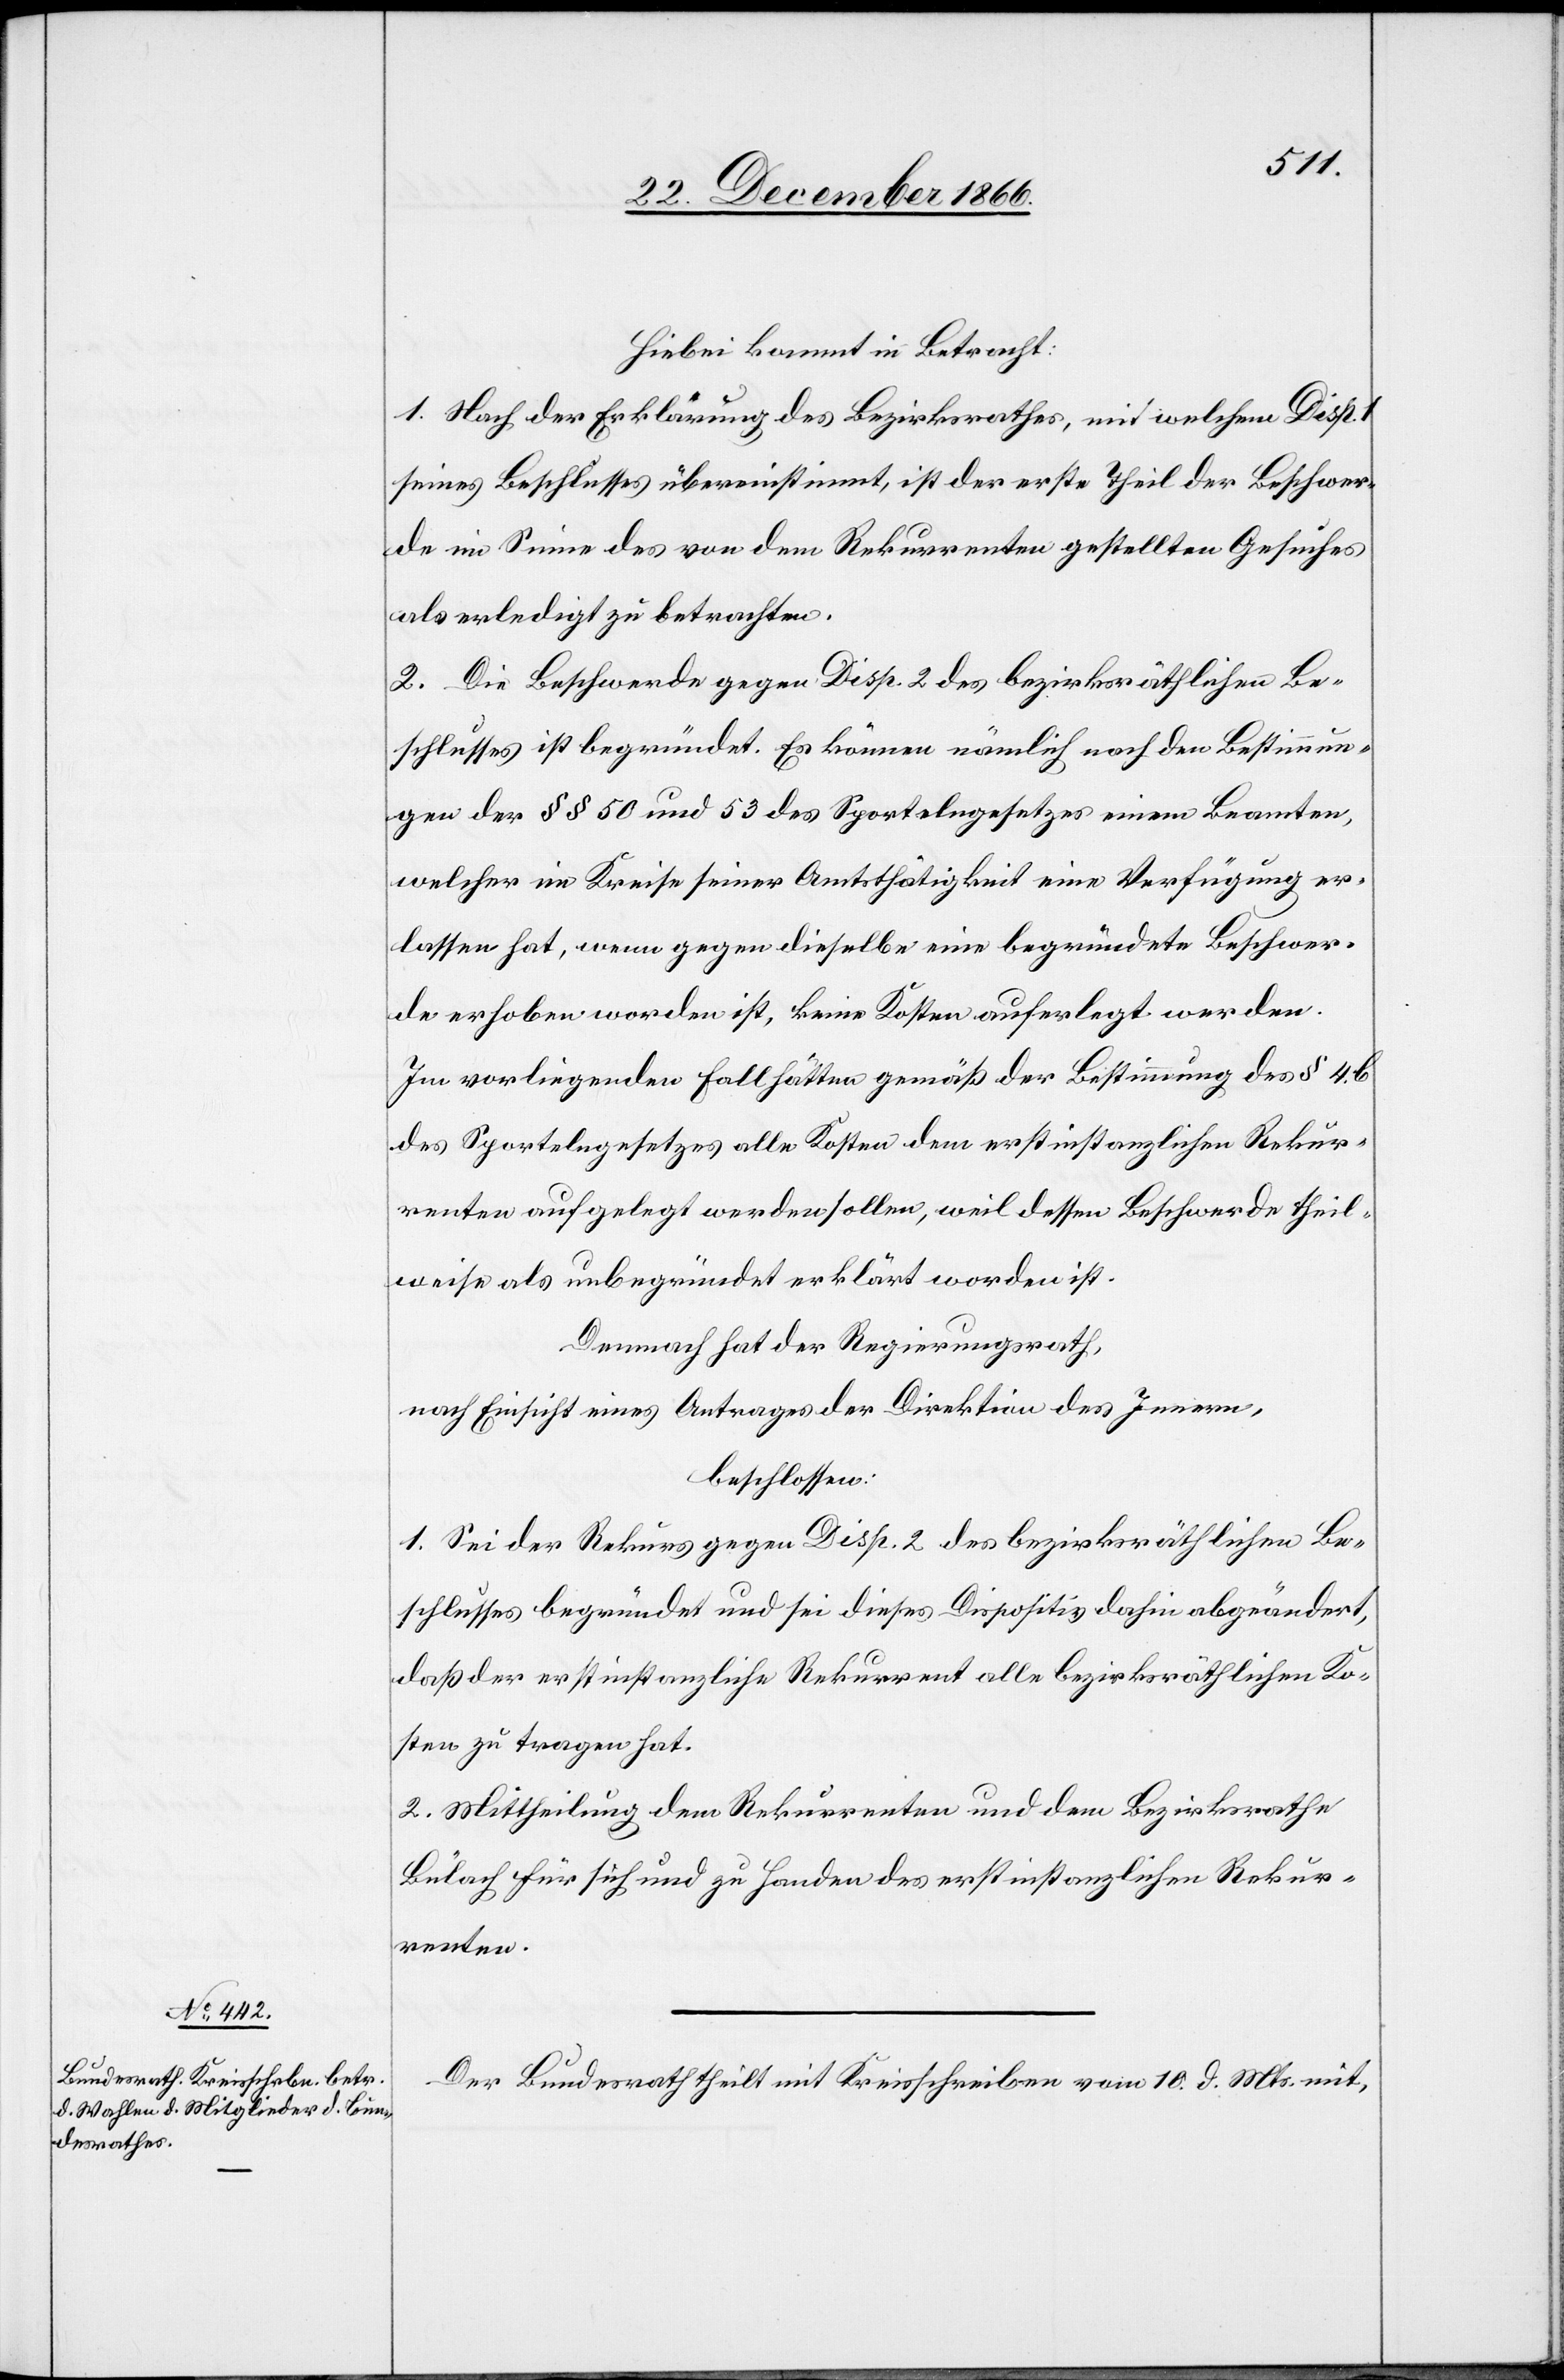
Hiebei kommt in Betracht:
1. Nach der Erklärung des Bezirksrathes, mit welchem Disp. 1
seines Beschlusses übereinstimmt, ist der erste Theil der Beschwer¬
de im Sinne des von dem Rekurrenten gestellten Gesuches
als erledigt zu betrachten.
2. Die Beschwerde gegen Disp. 2 des bezirksräthlichen Be¬
schlusses ist begründet. Es können nämlich nach den Bestimmun¬
gen der § § 50 und 53 des Sportelngesetzes einem Beamten,
welcher im Kreise seiner Amtsthätigkeit eine Verfügung er¬
lassen hat, wenn gegen dieselbe eine begründete Beschwer¬
de erhoben worden ist, keine Kosten auferlegt werden.
Im vorliegenden Fall hätten gemäß der Bestimmung des § 4.b
des Sportelngesetzes alle Kosten dem erstinstanzlichen Rekur¬
renten aufgelegt werden sollen, weil dessen Beschwerde theil¬
weise als unbegründet erklärt worden ist.
Demnach hat der Regierungsrath,
nach Einsicht eines Antrages der Direktion des Innern,
beschlossen:
1. Sei der Rekurs gegen Disp. 2 des bezirksräthlichen Be¬
schlusses begründet und sei dieses Dispositiv dahin abgeändert,
daß der erstinstanzliche Rekurrent alle bezirksräthlichen Ko¬
sten zu tragen hat.
2. Mittheilung dem Rekurrenten und dem Bezirksrathe
Bülach für sich und zu Handen des erstinstanzlichen Rekur¬
renten.
Der Bundesrath theilt mit Kreisschreiben vom 10. d. Mts. mit,